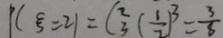
P ( \varepsilon = 2 1 ) = C _ { 3 } ^ { 2 } ( \frac { 1 } { 2 } ) ^ { 3 } = \frac { 3 } { 8 }